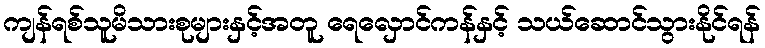
ကျန်ရစ်သူမိသားစုများနှင့်အတူ ရေလှောင်ကန်နှင့် သယ်ဆောင်သွားနိုင်ရန်